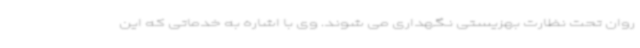
روان تحت نظارت بهزیستی نگهداری می شوند. وی با اشاره به خدماتی که این